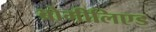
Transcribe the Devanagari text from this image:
ब्रोमीलिएड